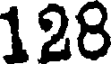
128